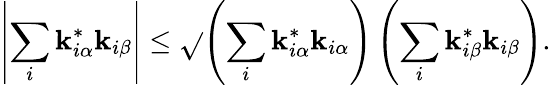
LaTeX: \left|\sum_{i}\mathbf{k}_{i\alpha}^{*}\mathbf{k}_{i\beta}\right|\leq\sqrt{}{{\left(\sum_{i}\mathbf{k}_{i\alpha}^{*}\mathbf{k}_{i\alpha}\right)\left(\sum_{i}\mathbf{k}_{i\beta}^{*}\mathbf{k}_{i\beta}\right)}}.